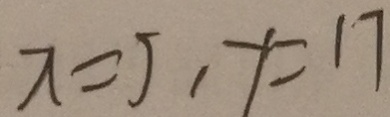
x = 5 , y = 1 7